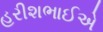
હરીશભાઈએ